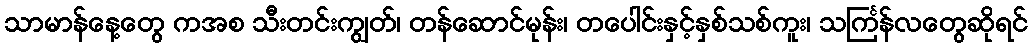
သာမာန်နေ့တွေ ကအစ သီးတင်းကျွတ်၊ တန်ဆောင်မုန်း၊ တပေါင်းနှင့်နှစ်သစ်ကူး၊ သင်္ကြန်လတွေဆိုရင်